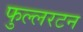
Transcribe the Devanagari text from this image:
फुल्लरटन